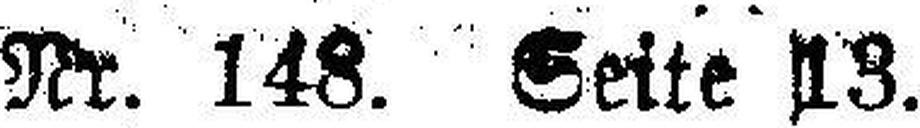
Nr. 148. Seite 13.